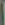
)